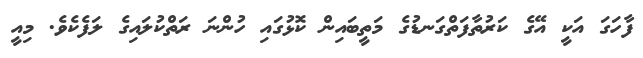
ފާހަގަ އަކީ އޭގެ ކަރުތާފަތްގަނޑުގެ މަތީބައިން ކޮޅުގައި ހުންނަ ރަތްކުލައިގެ ލަފެކެވެ. މިއީ